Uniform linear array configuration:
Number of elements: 32
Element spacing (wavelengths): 0.75
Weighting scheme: hann
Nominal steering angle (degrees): -60
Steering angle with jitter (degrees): -61.982
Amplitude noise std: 0.05
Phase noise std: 0.05

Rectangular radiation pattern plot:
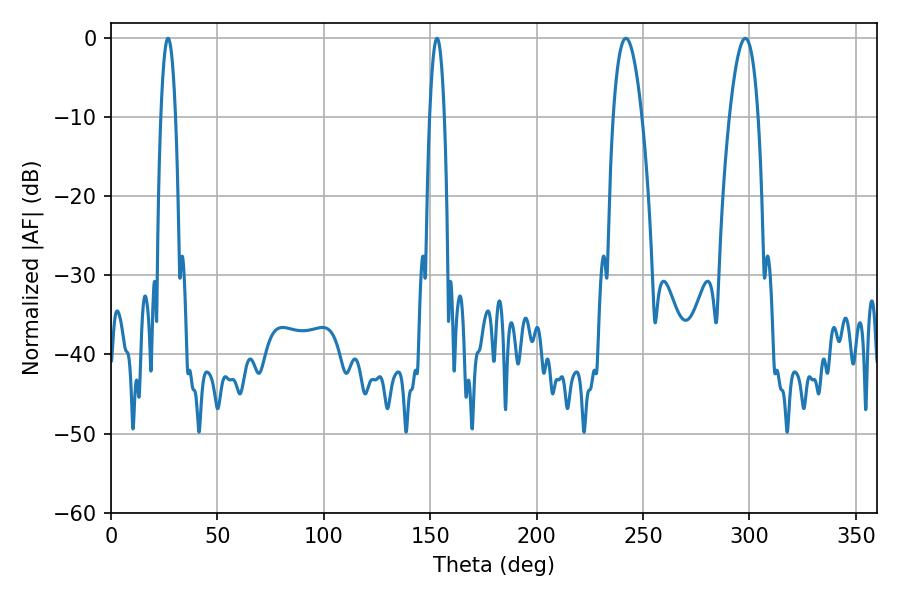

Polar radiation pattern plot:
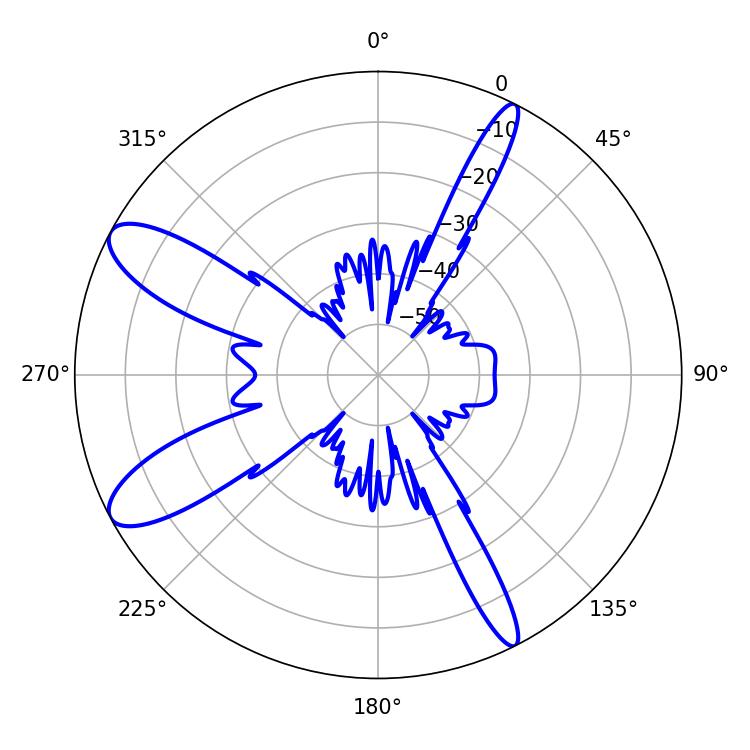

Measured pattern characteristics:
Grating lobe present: TRUE
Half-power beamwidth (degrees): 7.38
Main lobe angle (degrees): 298.08